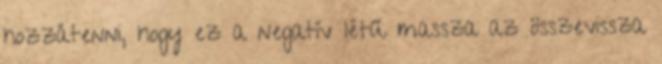
hozzátenni, hogy ez a negatív létű massza az összevissza